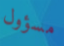
مسؤول